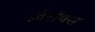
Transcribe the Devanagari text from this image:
ज़ेरॉक्स